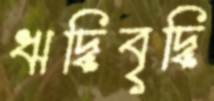
ঋদ্ধিবৃদ্ধি